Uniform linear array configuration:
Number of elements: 24
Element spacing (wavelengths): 0.75
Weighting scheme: blackman
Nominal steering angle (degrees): -30
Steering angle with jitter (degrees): -31.277
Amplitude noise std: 0.05
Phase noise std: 0.05

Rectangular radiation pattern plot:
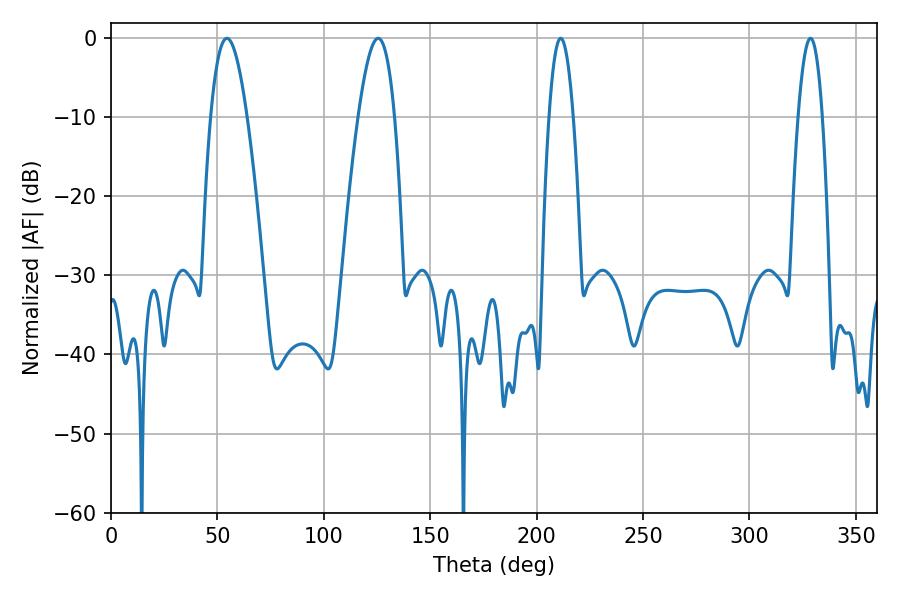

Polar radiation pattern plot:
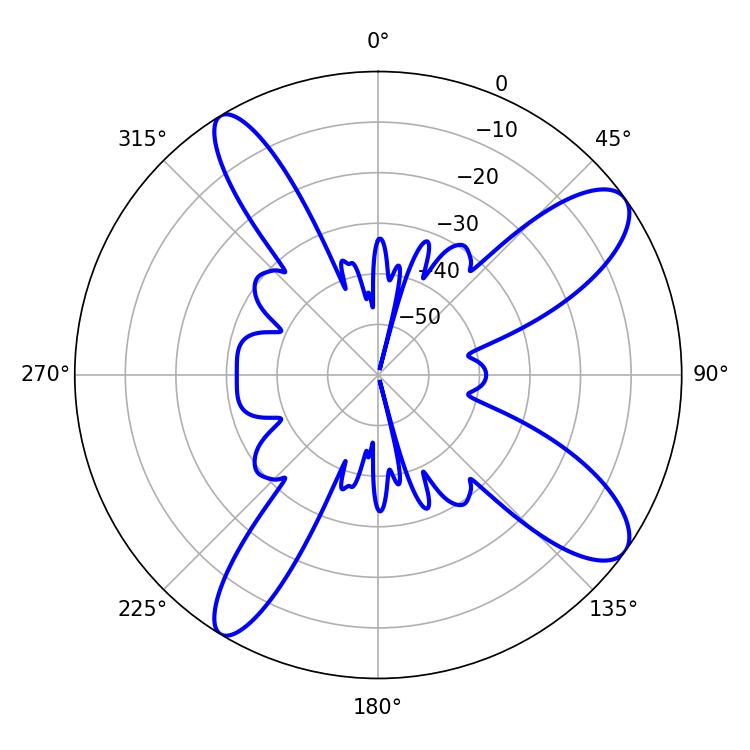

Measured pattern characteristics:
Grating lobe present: TRUE
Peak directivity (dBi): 10.852
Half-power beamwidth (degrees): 6.3
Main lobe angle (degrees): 211.32